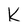
Character: k